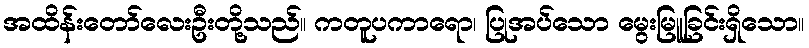
အထိန်းတော်လေးဦးတို့သည်။ ကတူပကာရော၊ ပြုအပ်သော မွေးမြူခြင်းရှိသော။